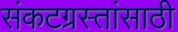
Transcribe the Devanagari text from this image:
संकटग्रस्तांसाठी